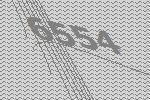
6554